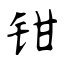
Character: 钳